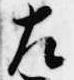
左